Civil Veterinary Department Bihar & Orissa reports 1929-36 - 1929-1936
Year: 1929
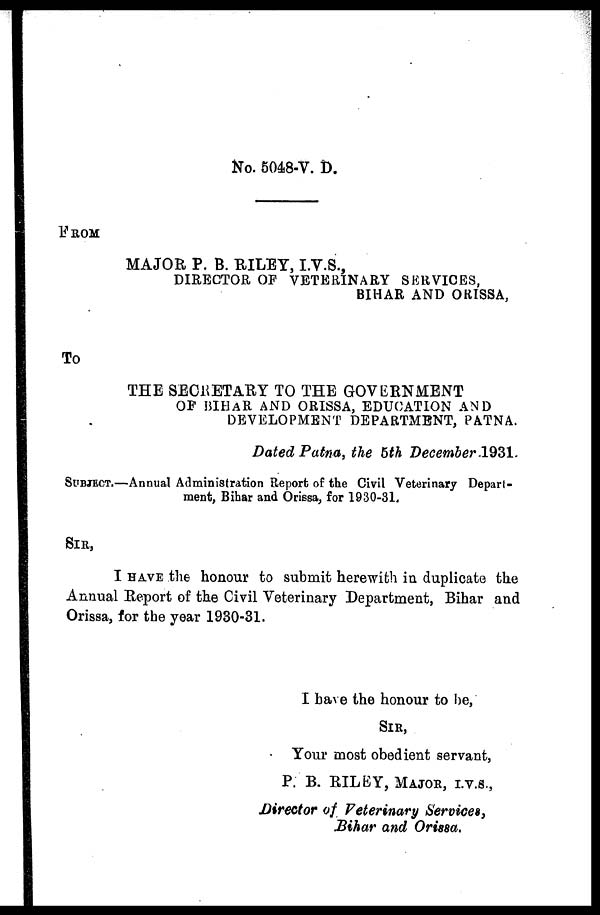
No. 5048-V. D.
FROM
MAJOR P. B. RILEY, I.V.S.,
DIRECTOR OF VETERINARY SERVICES,
BIHAR AND ORISSA,
To
THE SECRETARY TO THE GOVERNMENT
OF BIHAR AND ORISSA, EDUCATION AND
DEVELOPMENT DEPARTMENT, PATNA.
Dated Patna, the 5th December 1931.
SUBJECT.—Annual Administration Report of the Civil Veterinary Depart-
ment, Bihar and Orissa, for 1930-31.
SIR,
I HAVE the honour to submit herewith in duplicate the
Annual Report of the Civil Veterinary Department, Bihar and
Orissa, for the year 1930-31.
I have the honour to be,
SIR,
Your most obedient servant,
P. B. RILEY, MAJOR, I.V.S.,
Director of Veterinary Services,
Bihar and Orissa.